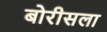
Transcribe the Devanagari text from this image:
बोरीसला